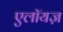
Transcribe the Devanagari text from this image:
एलॉयज़